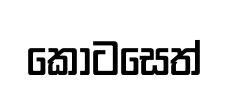
කොටසෙත්